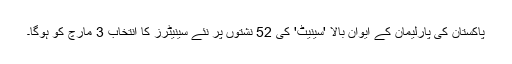
پاکستان کی پارلیمان کے ایوانِ بالا 'سینیٹ' کی 52 نشتوں پر نئے سینیٹرز کا انتخاب 3 مارچ کو ہوگا۔